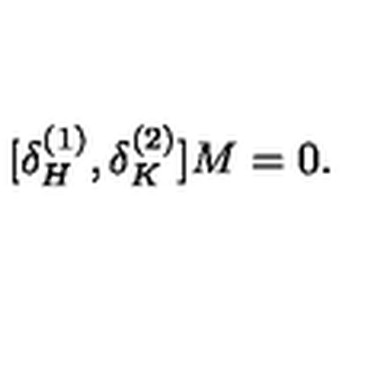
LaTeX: [ \delta _ { H } ^ { ( 1 ) } , \delta _ { K } ^ { ( 2 ) } ] M = 0 .